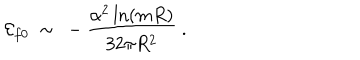
{ \cal E } _ { f 0 } \ \sim \ - \frac { \alpha ^ { 2 } \ln ( m R ) } { 3 2 \pi R ^ { 2 } } \ .